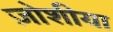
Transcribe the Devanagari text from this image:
ज़ोशीया